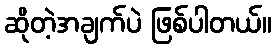
ဆိုတဲ့အချက်ပဲ ဖြစ်ပါတယ်။